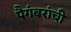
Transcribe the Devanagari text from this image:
पैगंबरांची